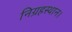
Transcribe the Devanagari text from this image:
निग्रहस्थान।